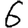
Digit: 6